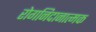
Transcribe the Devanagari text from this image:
रोगनिदानात्मक